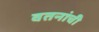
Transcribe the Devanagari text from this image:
वतनांची